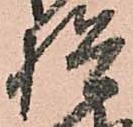
検